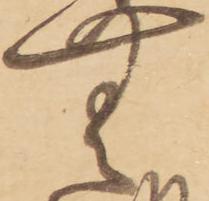
無